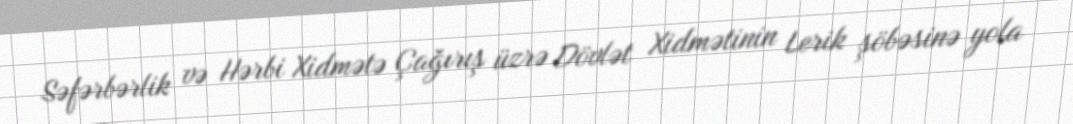
Səfərbərlik və Hərbi Xidmətə Çağırış üzrə Dövlət Xidmətinin Lerik şöbəsinə yola